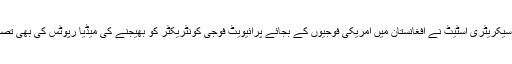
امریکی سیکریٹری اسٹیٹ نے افغانستان میں امریکی فوجیوں کے بجائے پرائیویٹ فوجی کونٹریکٹر کو بھیجنے کی میڈیا رپوٹس کی بھی تصدیق کی۔